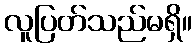
လူပြတ်သည်မရှိ။